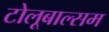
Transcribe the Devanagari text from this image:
टोलूबाल्सम